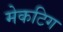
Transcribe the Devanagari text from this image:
मेकटिग